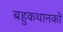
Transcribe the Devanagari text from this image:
बहुकथानकों